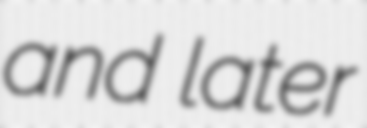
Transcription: and later